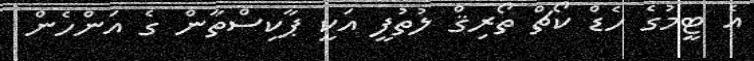
އެ ޓީމުގެ ހެޑް ކޯޗް ތޯރިޤް ލުތުފީ އަކީ ޕާކިސްތާން ގެ އަންހެން